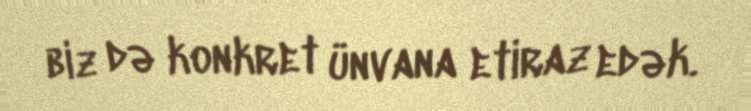
biz də konkret ünvana etiraz edək.